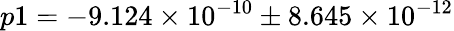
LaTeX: p1=-9.124\times 10^{-10}\pm 8.645\times 10^{-12}